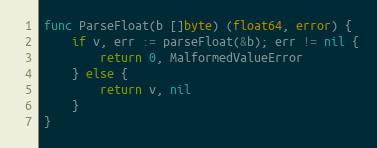
Language: Go
func ParseFloat(b []byte) (float64, error) {
	if v, err := parseFloat(&b); err != nil {
		return 0, MalformedValueError
	} else {
		return v, nil
	}
}